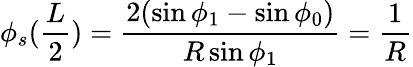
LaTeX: \phi_{s}(\frac{L}{2})=\frac{2(\sin\phi_{1}-\sin\phi_{0})}{R\sin\phi_{1}}=\frac{1}{R}